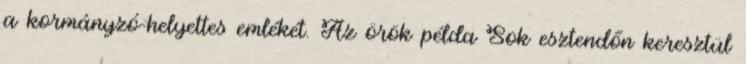
a kormányzó-helyettes emlékét. Az örök példa Sok esztendőn keresztül